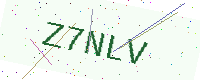
Text: Z7NLV